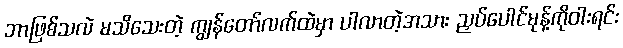
ဘာဖြစ်သလဲ မသိသေးတဲ့ ကျွန်တော်လက်ထဲမှာ ပါလာတဲ့အသား ညှပ်ပေါင်မုန့်ကိုဝါးရင်း